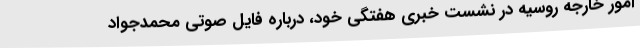
امور خارجه روسیه در نشست خبری هفتگی خود، درباره فایل صوتی محمدجواد